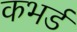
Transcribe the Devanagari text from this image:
कभर्ड